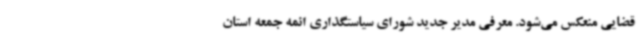
قضایی منعکس می‌شود. معرفی مدیر جدید شورای سیاستگذاری ائمه جمعه استان